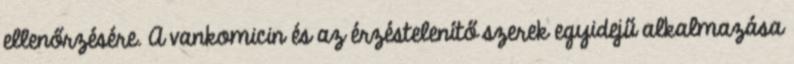
ellenőrzésére. A vankomicin és az érzéstelenítő szerek egyidejű alkalmazása